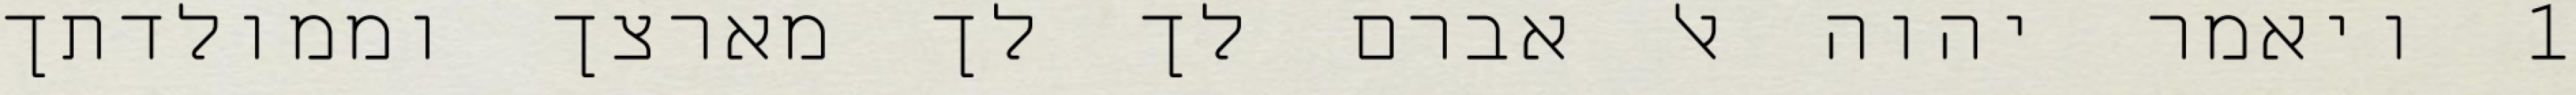
1 ויאמר יהוה אל אברם לך לך מארצך וממולדתך